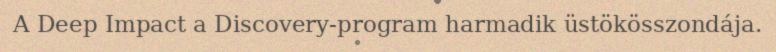
A Deep Impact a Discovery-program harmadik üstökösszondája.